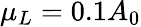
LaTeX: {\mu}_{L}=0.1A_{0}